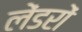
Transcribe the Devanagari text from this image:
लेंडरों